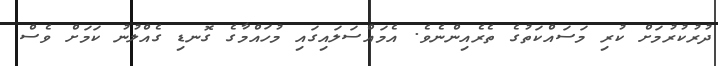
ދުރުކުރުމަށް ކުރި މަސައްކަތުގެ ތެރެއިންނެވެ. އެމައްސަލައިގައި މުހައްމާގެ ގޮނޑި ގެއްލުނު ކަމަށް ވެސް